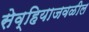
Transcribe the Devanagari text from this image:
सेव्हियाजवळील